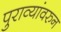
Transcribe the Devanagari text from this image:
पुराव्यांवरुन